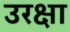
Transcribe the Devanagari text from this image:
उरक्षा